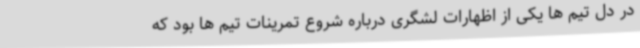
در دل تیم ها یکی از اظهارات لشگری درباره شروع تمرینات تیم ها بود که